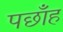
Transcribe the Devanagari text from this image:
पछाँह